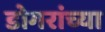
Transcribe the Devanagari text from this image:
डोगरांच्या